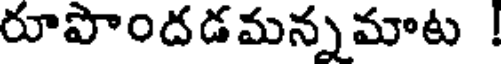
రూపొందడమన్నమాట !